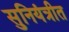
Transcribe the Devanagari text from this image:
सुनियंत्रीत